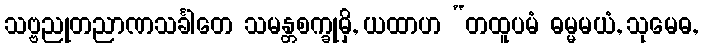
သဗ္ဗညုတညာဏသင်္ခါတေ သမန္တစက္ခုမှိ, ယထာဟ “တထူပမံ ဓမ္မမယံ, သုမေဓ,